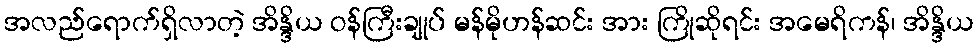
အလည်ရောက်ရှိလာတဲ့ အိန္ဒိယ ဝန်ကြီးချုပ် မန်မိုဟန်ဆင်း အား ကြိုဆိုရင်း အမေရိကန်၊ အိန္ဒိယ